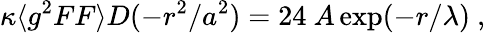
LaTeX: \kappa\langle g^{2}FF\rangle D(-r^{2}/a^{2})=24~A\exp(-r/\lambda)~,